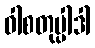
ဝါစတုပ္ပါဒါ